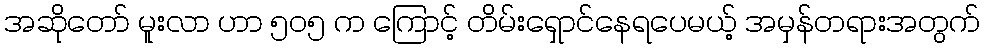
အဆိုတော် မူးလာ ဟာ ၅၀၅ က ကြောင့် တိမ်းရှောင်နေရပေမယ့် အမှန်တရားအတွက်